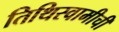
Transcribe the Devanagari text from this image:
तिथिस्वामीची